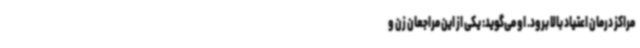
مراکز درمان اعتیاد بالا برود. او می‌گوید: یکی از این مراجعان زن و